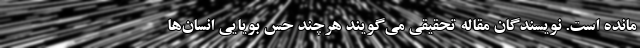
مانده است. نویسندگان مقاله تحقیقی می‌گویند هرچند حس بویایی انسان‌ها